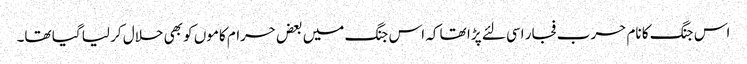
اس جنگ کا نام حرب فجار اسی لئے پڑا تھا کہ اس جنگ میں بعض حرام کاموں کو بھی حلال کر لیا گیا تھا۔